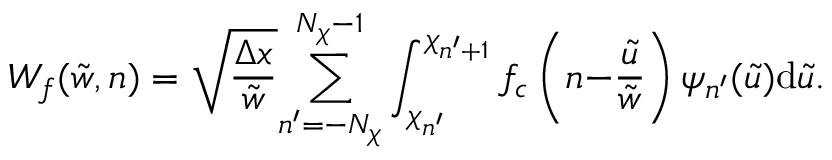
W _ { f } ( \tilde { w } , n ) = \sqrt { \frac { \Delta x } { \tilde { w } } } { \sum _ { n ^ { \prime } = - N _ { \chi } } ^ { N _ { \chi } - 1 } } \int _ { \chi _ { n ^ { \prime } } } ^ { \chi _ { n ^ { \prime } { + } 1 } } f _ { c } \left( n { - } \frac { \tilde { u } } { \tilde { w } } \right) \psi _ { n ^ { \prime } } ( \tilde { u } ) \mathrm { d } \tilde { u } .